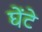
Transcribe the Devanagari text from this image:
घेंटे